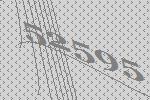
52595